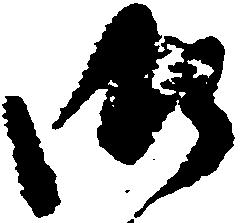
御